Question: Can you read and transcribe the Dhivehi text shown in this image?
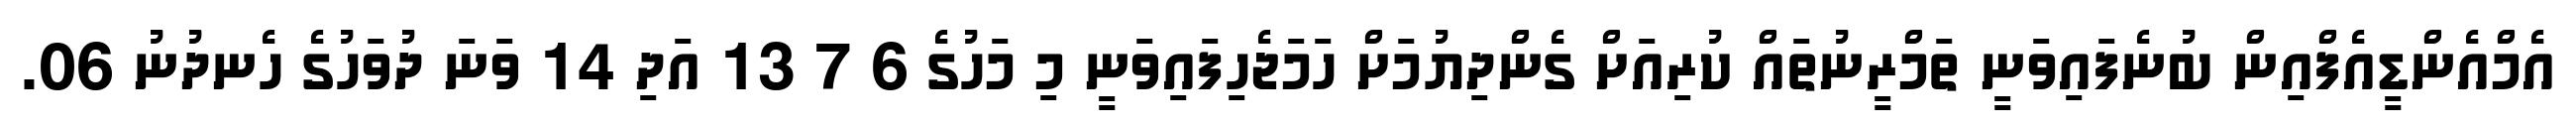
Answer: އެމްއެންޑީއެފްއިން ބުނެފައިވަނީ ތަމްރީނުތައް ކުރިއަށް ގެންދިޔުމަށް ހަމަޖެހިފައިވަނީ މި މަހުގެ 6 7 13 އަދި 14 ވަނަ ދުވަހުގެ ހެނދުނު 06.